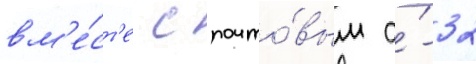
вм'е́ст'е с почто́вым а́-32